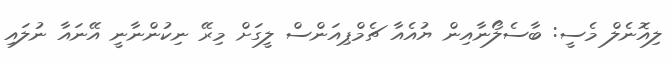
ލިއޮނެލް މެސީ: ބާސެލޯނާއިން ޔުއެއާ ޗެމްޕިއަންސް ލީގަށް މިރޭ ނިކުންނާނީ އޭނައާ ނުލައި